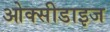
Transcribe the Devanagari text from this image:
ओक्सीडाइज